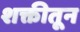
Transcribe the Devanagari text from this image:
शक्तीतून